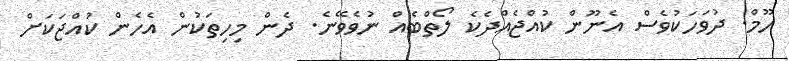
ހޫމް. ދުވަހަކުވެސް އެނޫން ކުއްޖެއްދެކެ ލޯތްބެއް ނުވެވޭނެ. ދެން މިހިތަކުން އެހެން ކުއްޖަކަށް